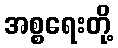
အစ္စရေးတို့